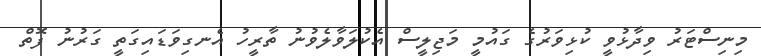
މިނިސްޓަރު ވިދާޅުވީ ކުޅިވަރުގެ ގައުމީ މަޖިލީސް އެކުލަވާލެވުނު ތާރީހު އެނގިވަޑައިގަތީ ގަރުނު ފޮތް